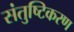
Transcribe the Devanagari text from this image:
संतुष्टिकरण